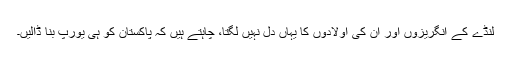
لنڈے کے انگریزوں اور ان کی اولادوں کا یہاں دل نہیں لگتا، چاہتے ہیں کہ پاکستان کو ہی یورپ بنا ڈالیں۔